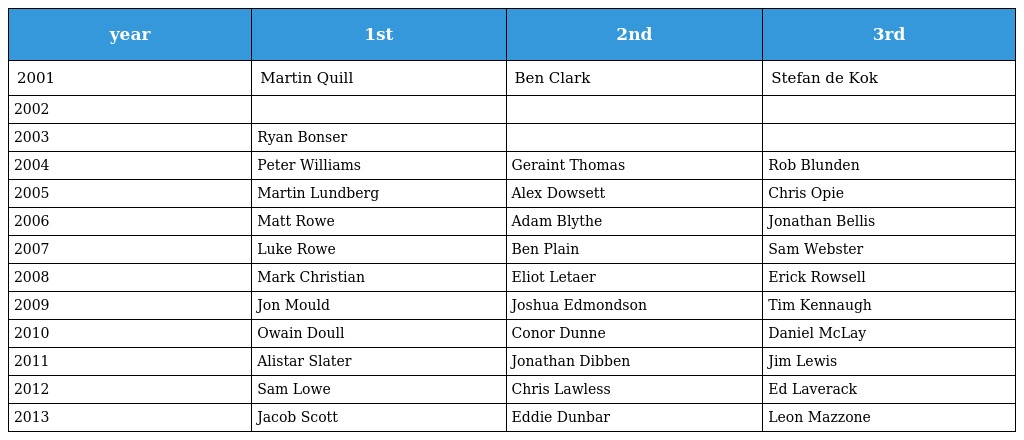
| year | 1st | 2nd | 3rd |
 | --- | --- | --- | --- |
 | 2001 | Martin Quill | Ben Clark | Stefan de Kok |
 | 2002 |  |  |  |
 | 2003 | Ryan Bonser |  |  |
 | 2004 | Peter Williams | Geraint Thomas | Rob Blunden |
 | 2005 | Martin Lundberg | Alex Dowsett | Chris Opie |
 | 2006 | Matt Rowe | Adam Blythe | Jonathan Bellis |
 | 2007 | Luke Rowe | Ben Plain | Sam Webster |
 | 2008 | Mark Christian | Eliot Letaer | Erick Rowsell |
 | 2009 | Jon Mould | Joshua Edmondson | Tim Kennaugh |
 | 2010 | Owain Doull | Conor Dunne | Daniel McLay |
 | 2011 | Alistar Slater | Jonathan Dibben | Jim Lewis |
 | 2012 | Sam Lowe | Chris Lawless | Ed Laverack |
 | 2013 | Jacob Scott | Eddie Dunbar | Leon Mazzone |